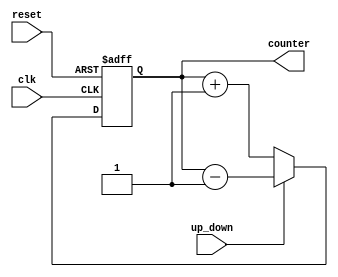
// RTL Design for 4 bit up-down counter

`timescale 1ns / 1ps

//`include "tb_updowncounter4.v"


module up_down_counter4 ( input clk, reset,up_down, output[3:0]  counter );


    reg [3:0] counter_up_down;

    // down counter
        always @(posedge clk or posedge reset)  // Active High reset
        begin
            if(reset)
                counter_up_down <= 4'h0;
            else if(~up_down)
                counter_up_down <= counter_up_down + 4'd1;
            else
                counter_up_down <= counter_up_down - 4'd1;
        end 


    assign counter = counter_up_down;



endmodule